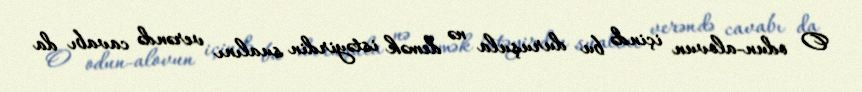
O odun-alovun içində bu duruşula nə demək istəyirdin sualını verəndə cavabı da